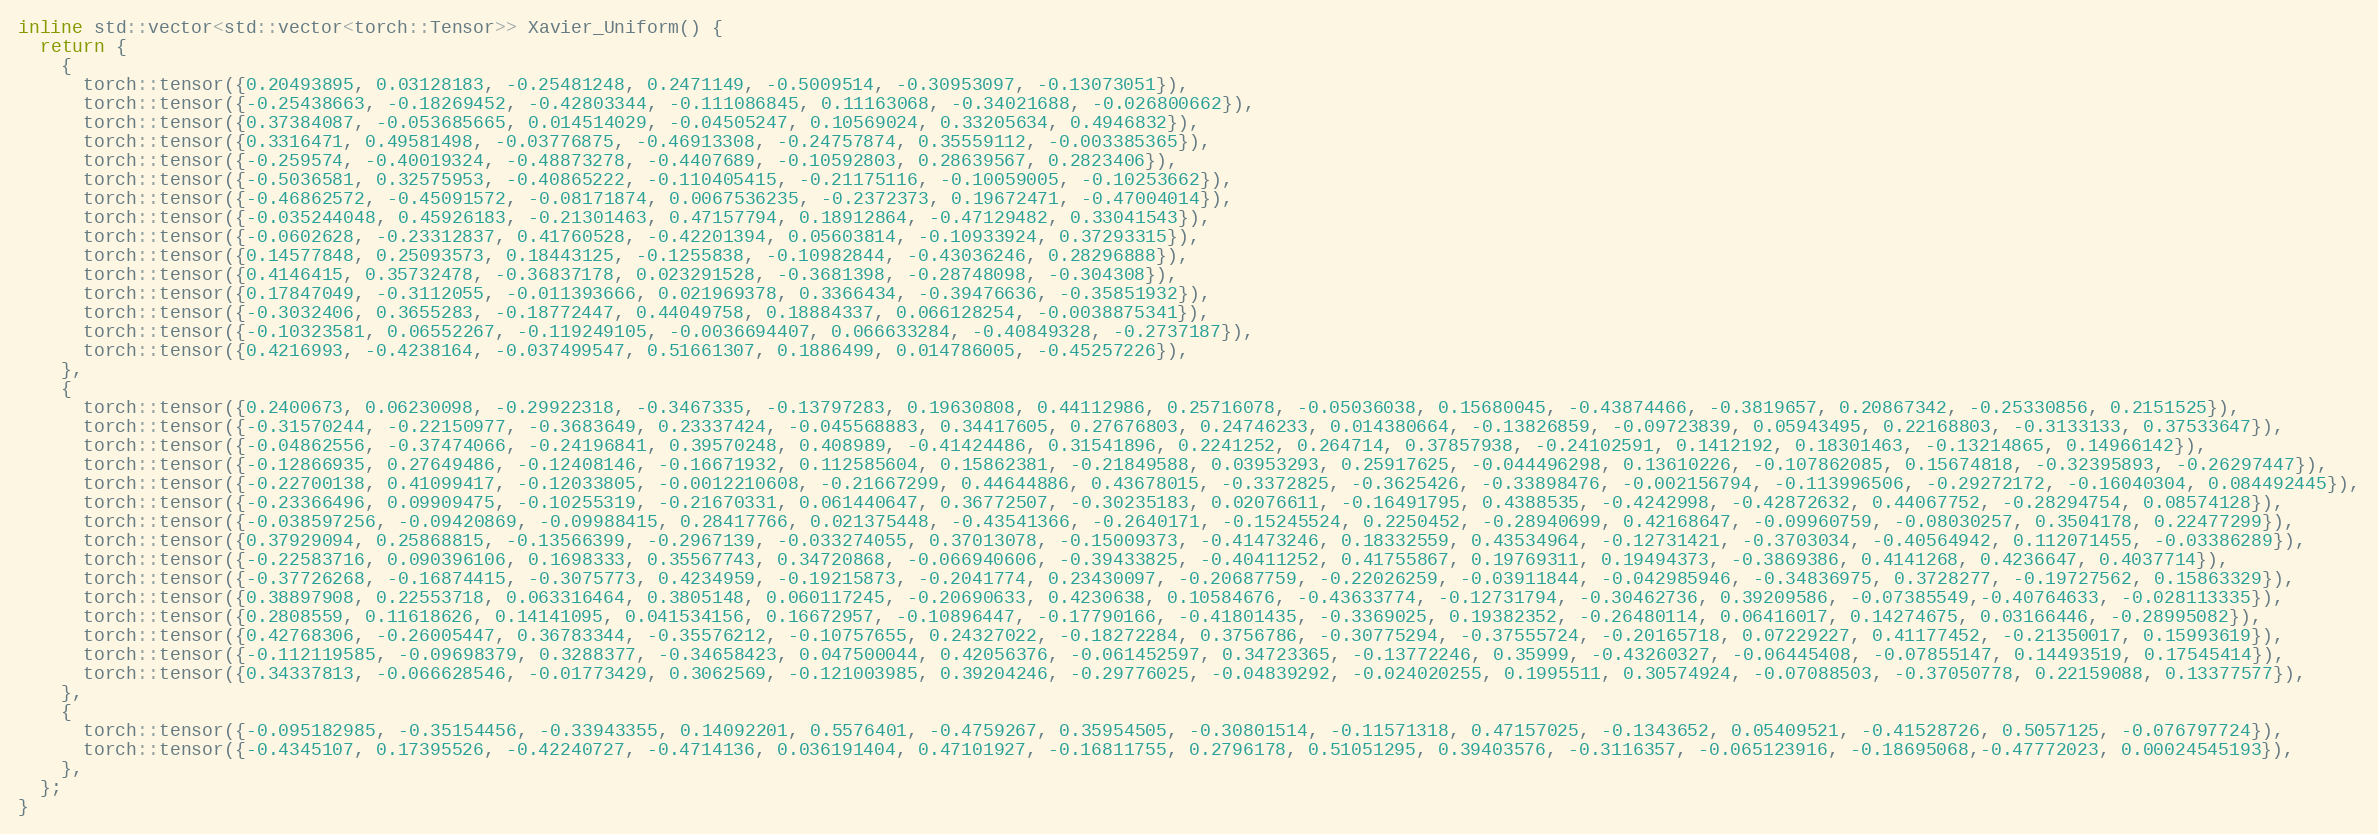
Language: C
inline std::vector<std::vector<torch::Tensor>> Xavier_Uniform() {
  return {
    {
      torch::tensor({0.20493895, 0.03128183, -0.25481248, 0.2471149, -0.5009514, -0.30953097, -0.13073051}),
      torch::tensor({-0.25438663, -0.18269452, -0.42803344, -0.111086845, 0.11163068, -0.34021688, -0.026800662}),
      torch::tensor({0.37384087, -0.053685665, 0.014514029, -0.04505247, 0.10569024, 0.33205634, 0.4946832}),
      torch::tensor({0.3316471, 0.49581498, -0.03776875, -0.46913308, -0.24757874, 0.35559112, -0.003385365}),
      torch::tensor({-0.259574, -0.40019324, -0.48873278, -0.4407689, -0.10592803, 0.28639567, 0.2823406}),
      torch::tensor({-0.5036581, 0.32575953, -0.40865222, -0.110405415, -0.21175116, -0.10059005, -0.10253662}),
      torch::tensor({-0.46862572, -0.45091572, -0.08171874, 0.0067536235, -0.2372373, 0.19672471, -0.47004014}),
      torch::tensor({-0.035244048, 0.45926183, -0.21301463, 0.47157794, 0.18912864, -0.47129482, 0.33041543}),
      torch::tensor({-0.0602628, -0.23312837, 0.41760528, -0.42201394, 0.05603814, -0.10933924, 0.37293315}),
      torch::tensor({0.14577848, 0.25093573, 0.18443125, -0.1255838, -0.10982844, -0.43036246, 0.28296888}),
      torch::tensor({0.4146415, 0.35732478, -0.36837178, 0.023291528, -0.3681398, -0.28748098, -0.304308}),
      torch::tensor({0.17847049, -0.3112055, -0.011393666, 0.021969378, 0.3366434, -0.39476636, -0.35851932}),
      torch::tensor({-0.3032406, 0.3655283, -0.18772447, 0.44049758, 0.18884337, 0.066128254, -0.0038875341}),
      torch::tensor({-0.10323581, 0.06552267, -0.119249105, -0.0036694407, 0.066633284, -0.40849328, -0.2737187}),
      torch::tensor({0.4216993, -0.4238164, -0.037499547, 0.51661307, 0.1886499, 0.014786005, -0.45257226}),
    },
    {
      torch::tensor({0.2400673, 0.06230098, -0.29922318, -0.3467335, -0.13797283, 0.19630808, 0.44112986, 0.25716078, -0.05036038, 0.15680045, -0.43874466, -0.3819657, 0.20867342, -0.25330856, 0.2151525}),
      torch::tensor({-0.31570244, -0.22150977, -0.3683649, 0.23337424, -0.045568883, 0.34417605, 0.27676803, 0.24746233, 0.014380664, -0.13826859, -0.09723839, 0.05943495, 0.22168803, -0.3133133, 0.37533647}),
      torch::tensor({-0.04862556, -0.37474066, -0.24196841, 0.39570248, 0.408989, -0.41424486, 0.31541896, 0.2241252, 0.264714, 0.37857938, -0.24102591, 0.1412192, 0.18301463, -0.13214865, 0.14966142}),
      torch::tensor({-0.12866935, 0.27649486, -0.12408146, -0.16671932, 0.112585604, 0.15862381, -0.21849588, 0.03953293, 0.25917625, -0.044496298, 0.13610226, -0.107862085, 0.15674818, -0.32395893, -0.26297447}),
      torch::tensor({-0.22700138, 0.41099417, -0.12033805, -0.0012210608, -0.21667299, 0.44644886, 0.43678015, -0.3372825, -0.3625426, -0.33898476, -0.002156794, -0.113996506, -0.29272172, -0.16040304, 0.084492445}),
      torch::tensor({-0.23366496, 0.09909475, -0.10255319, -0.21670331, 0.061440647, 0.36772507, -0.30235183, 0.02076611, -0.16491795, 0.4388535, -0.4242998, -0.42872632, 0.44067752, -0.28294754, 0.08574128}),
      torch::tensor({-0.038597256, -0.09420869, -0.09988415, 0.28417766, 0.021375448, -0.43541366, -0.2640171, -0.15245524, 0.2250452, -0.28940699, 0.42168647, -0.09960759, -0.08030257, 0.3504178, 0.22477299}),
      torch::tensor({0.37929094, 0.25868815, -0.13566399, -0.2967139, -0.033274055, 0.37013078, -0.15009373, -0.41473246, 0.18332559, 0.43534964, -0.12731421, -0.3703034, -0.40564942, 0.112071455, -0.03386289}),
      torch::tensor({-0.22583716, 0.090396106, 0.1698333, 0.35567743, 0.34720868, -0.066940606, -0.39433825, -0.40411252, 0.41755867, 0.19769311, 0.19494373, -0.3869386, 0.4141268, 0.4236647, 0.4037714}),
      torch::tensor({-0.37726268, -0.16874415, -0.3075773, 0.4234959, -0.19215873, -0.2041774, 0.23430097, -0.20687759, -0.22026259, -0.03911844, -0.042985946, -0.34836975, 0.3728277, -0.19727562, 0.15863329}),
      torch::tensor({0.38897908, 0.22553718, 0.063316464, 0.3805148, 0.060117245, -0.20690633, 0.4230638, 0.10584676, -0.43633774, -0.12731794, -0.30462736, 0.39209586, -0.07385549,-0.40764633, -0.028113335}),
      torch::tensor({0.2808559, 0.11618626, 0.14141095, 0.041534156, 0.16672957, -0.10896447, -0.17790166, -0.41801435, -0.3369025, 0.19382352, -0.26480114, 0.06416017, 0.14274675, 0.03166446, -0.28995082}),
      torch::tensor({0.42768306, -0.26005447, 0.36783344, -0.35576212, -0.10757655, 0.24327022, -0.18272284, 0.3756786, -0.30775294, -0.37555724, -0.20165718, 0.07229227, 0.41177452, -0.21350017, 0.15993619}),
      torch::tensor({-0.112119585, -0.09698379, 0.3288377, -0.34658423, 0.047500044, 0.42056376, -0.061452597, 0.34723365, -0.13772246, 0.35999, -0.43260327, -0.06445408, -0.07855147, 0.14493519, 0.17545414}),
      torch::tensor({0.34337813, -0.066628546, -0.01773429, 0.3062569, -0.121003985, 0.39204246, -0.29776025, -0.04839292, -0.024020255, 0.1995511, 0.30574924, -0.07088503, -0.37050778, 0.22159088, 0.13377577}),
    },
    {
      torch::tensor({-0.095182985, -0.35154456, -0.33943355, 0.14092201, 0.5576401, -0.4759267, 0.35954505, -0.30801514, -0.11571318, 0.47157025, -0.1343652, 0.05409521, -0.41528726, 0.5057125, -0.076797724}),
      torch::tensor({-0.4345107, 0.17395526, -0.42240727, -0.4714136, 0.036191404, 0.47101927, -0.16811755, 0.2796178, 0.51051295, 0.39403576, -0.3116357, -0.065123916, -0.18695068,-0.47772023, 0.00024545193}),
    },
  };
}